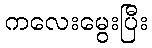
ကလေးမွေးပြီး